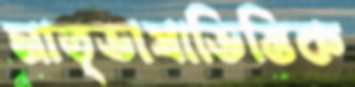
মাতৃভাষাভিত্তিক